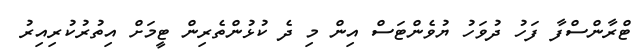
ޓްރާންސްފާ ފަހު ދުވަހު ޔުވެންޓަސް އިން މި ދެ ކުޅުންތެރިން ޓީމަށް އިތުރުކުރިއިރު